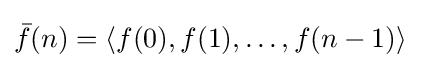
{\bar {f}}(n)=\langle f(0),f(1),\ldots ,f(n-1)\rangle